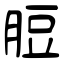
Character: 脰